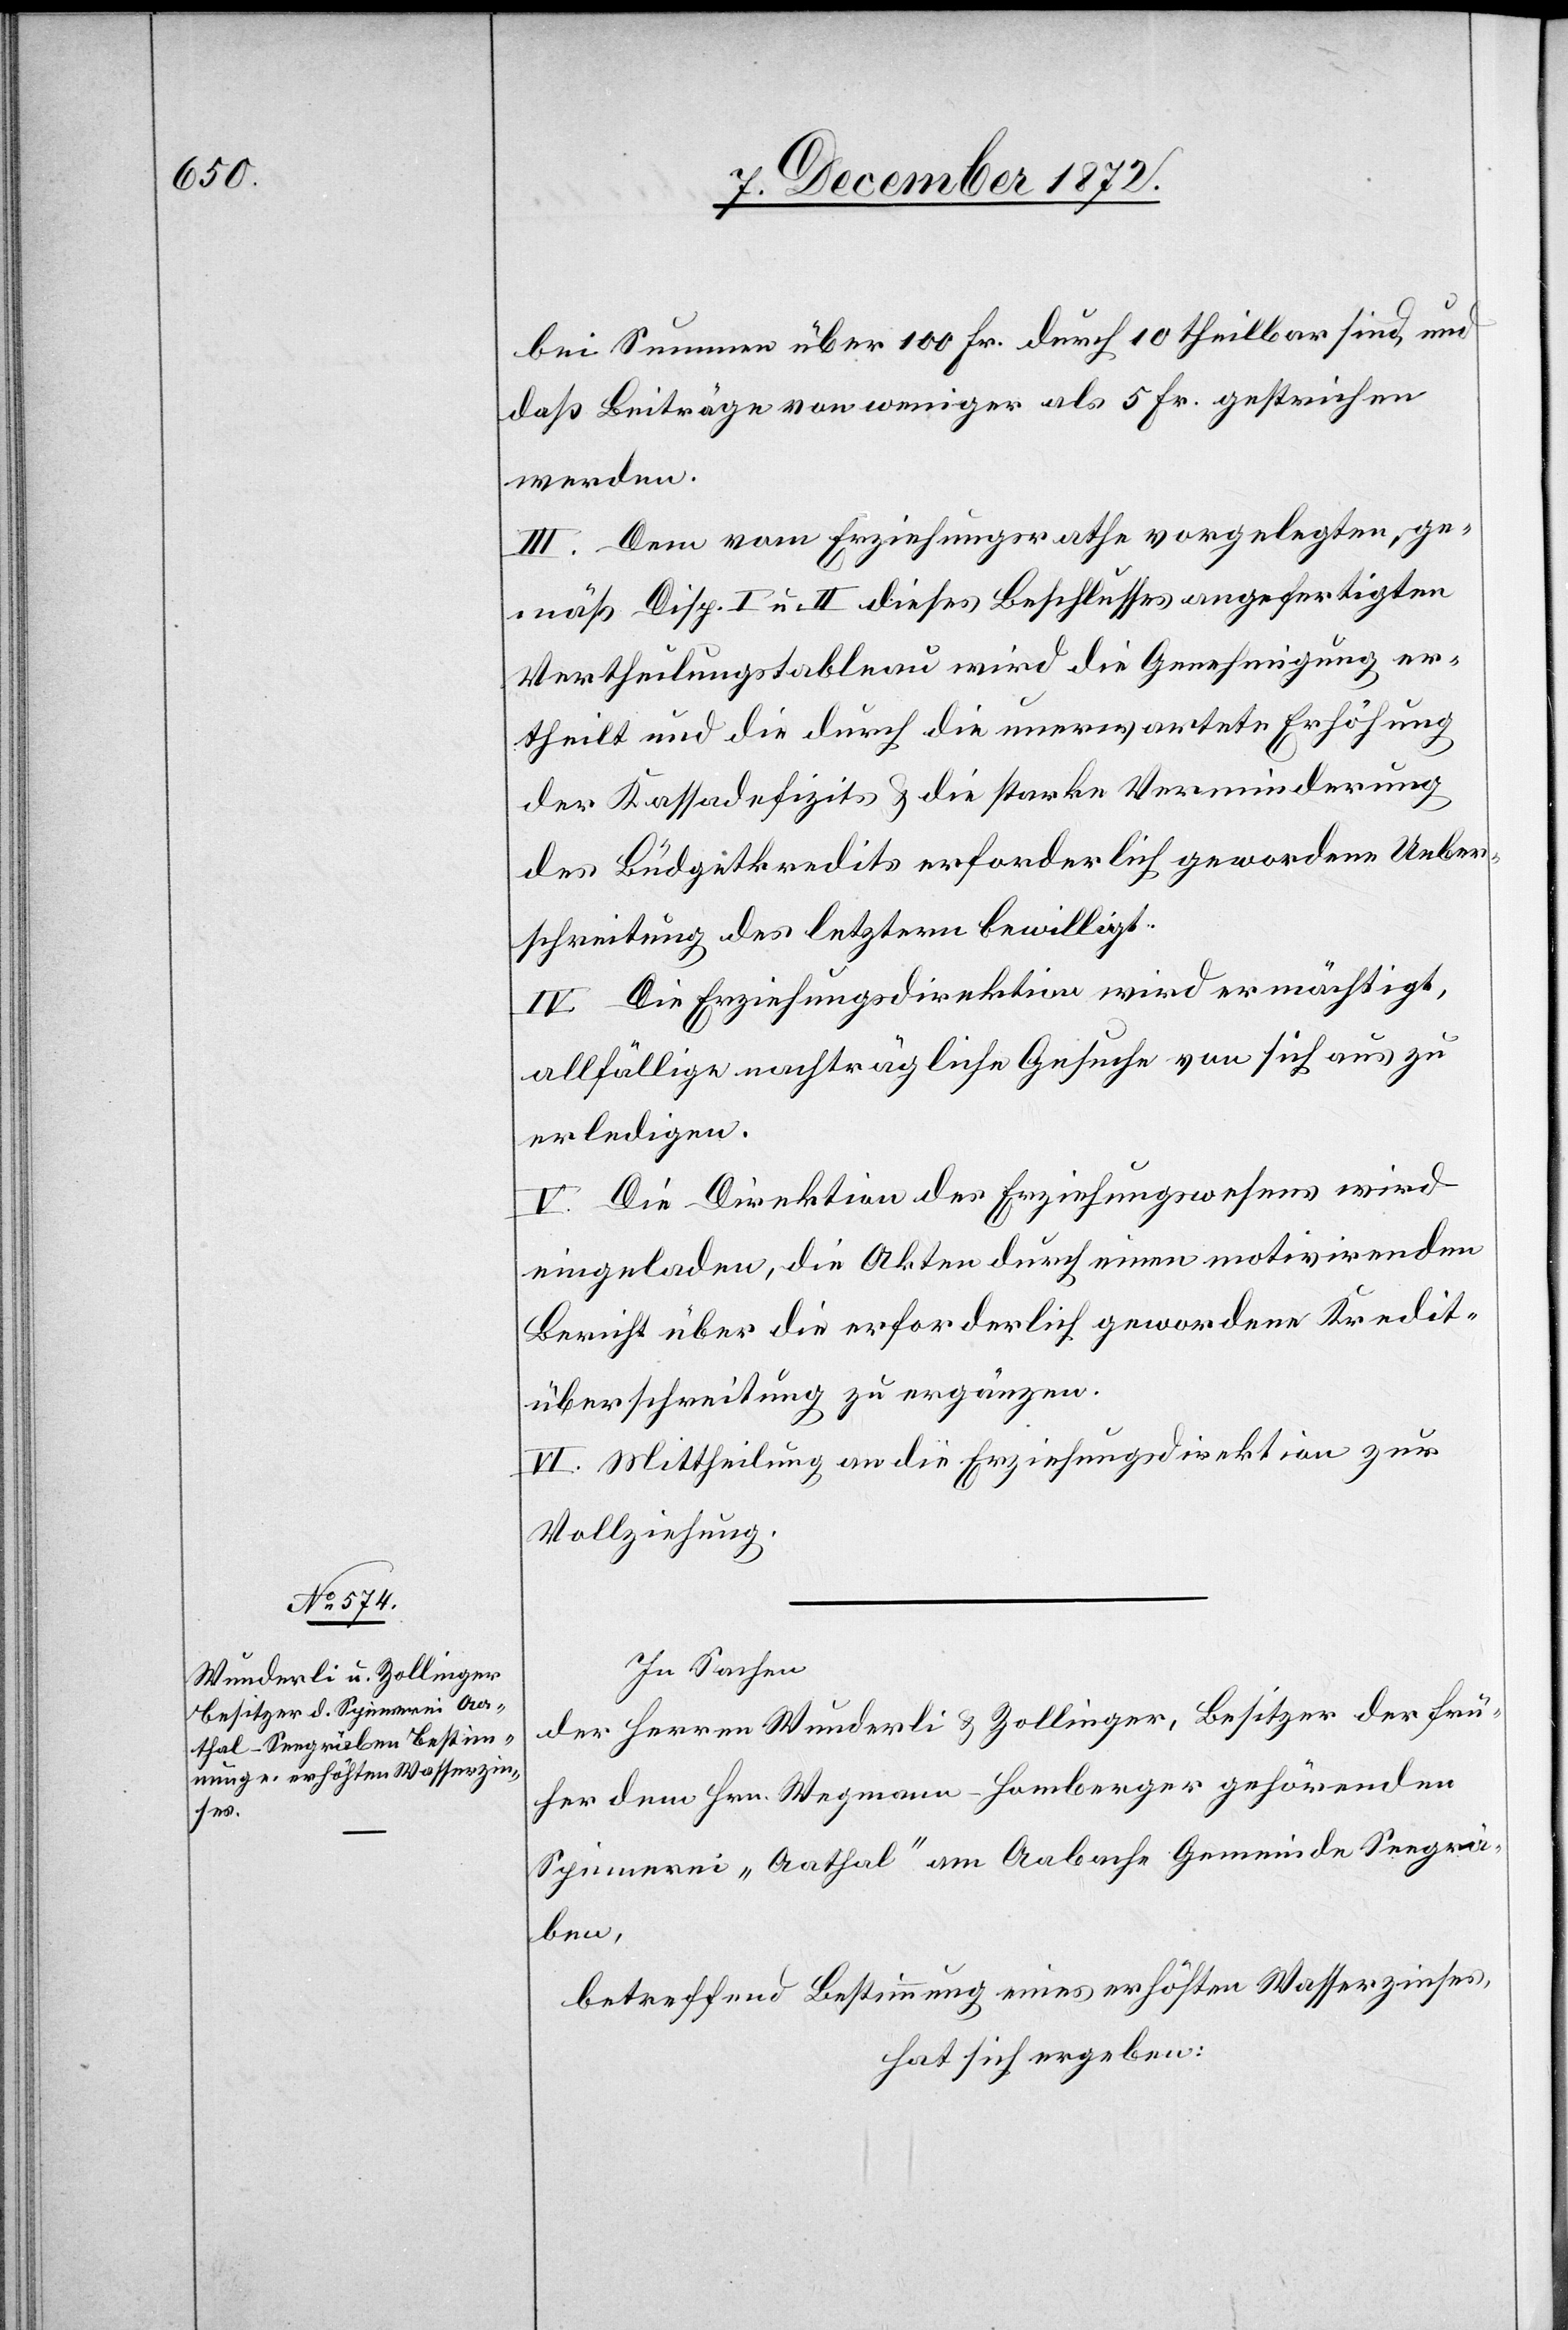
bei Summen über 100 Fr. durch 10 theilbar sind, und
daß Beiträge von weniger als 5 Fr. gestrichen
werden.
III. Dem vom Erziehungsrathe vorgelegten, ge¬
mäß Disp. I u. II dieses Beschlusses angefertigten
Vertheilungstableau wird die Genehmigung er¬
theilt und die durch die unerwartete Erhöhung
der Kassadefizits u. die starke Verminderung
des Büdgetkredits erforderlich gewordene Ueber¬
schreitung des letztern bewilligt.
IV. Die Erziehungsdirektion wird ermächtigt,
allfällige nachträgliche Gesuche von sich aus zu
erledigen.
V. Die Direktion des Erziehungswesens wird
eingeladen, die Akten durch einen motivirenden
Bericht über die erforderlich gewordene Kredit¬
überschreitung zu ergänzen.
VI. Mittheilung an die Erziehungsdirektion zur
Vollziehung.
In Sachen
der Herren Wunderli u. Zollinger, Besitzer der frü¬
her dem Hrn. Wegmann-Homberger gehörenden
Spinnerei „Aathal“ am Aabache Gemeinde Seegrä¬
ben,
betreffend Bestimmung eines erhöhten Wasserzinses,
hat sich ergeben: